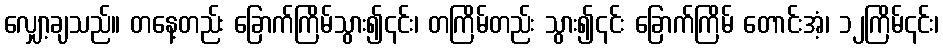
လျှော့ချသည်။ တနေ့တည်း ခြောက်ကြိမ်သွား၍၎င်း၊ တကြိမ်တည်း သွား၍၎င်း ခြောက်ကြိမ် တောင်းအံ့၊ ၁၂ကြိမ်၎င်း၊